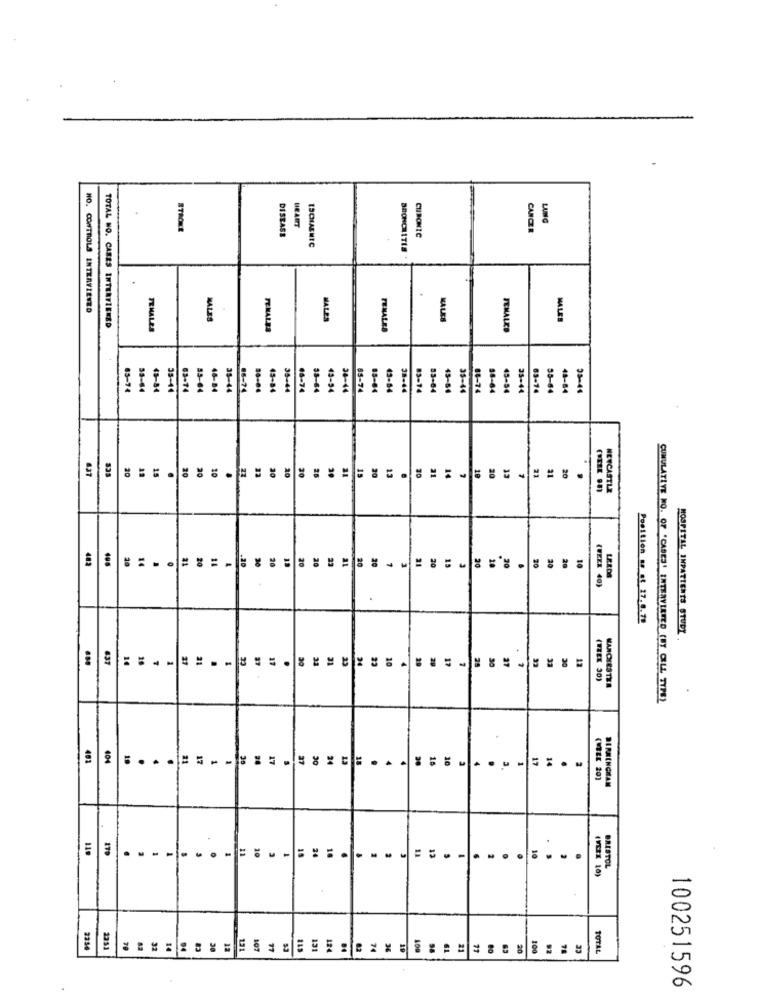
HEART
LANG
STROKE
DISEASE
CHRONIC
CANCER
ISCHIAENIC
.
NO. CONTROLS INTERVIEWED
MALES
MALER
KALES
MALER
TOTAL NO. CASES INTERVIEWED
TEMALES
FEMALES
FEMALES
FEMALES
13-14
35-64
18-84
33-44
63-74
85-64
16-84
35-44
85-74
15-84
35-44
06-7
38-64
43-94
38-44
85-74
15-64
43-14
35-44
83-14
13-64
43-64
35-44
88-74
18-64
45-54
25-44
63-14
35-64
48-84
38-4
20
20
21
6.37
20
15
.
20
10
30
25
15
21
14
10
20
1
20
.
NEWCASTLE
482
20
= ==-
20
14
20
14
20
20
20
20
20
15
20
20
20
.
20
20
(WEZE 40)
LEEDS
Position se at 27.6.78
HOSPITAL INPATIENTS STUDY
637
14
T
31
37
33
31
23
10
17
.
20
29
30
(THEX 30)
MANCHESTER
CUMULATIVE NO. OF 'CASES' INTERVIRTED (BY CELL TYPE)
101
404
.
30
17
27
24
13
16
10
17
M
30
(WEEK 20)
119
10
=
(VERK 10)
BRISTOL
2356
14
30
12
13
11
20
100
78
TOTAL
100251596